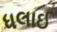
ધલાઈ